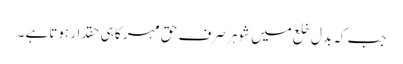
جب کہ بدلِ خلع میں شوہر صرف حق مہر کا ہی حقدار ہوتاہے ۔